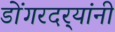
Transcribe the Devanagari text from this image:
डोंगरदर्‍यांनी